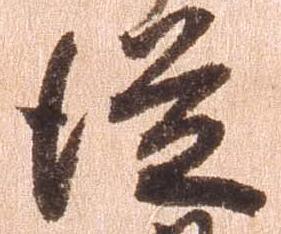
従